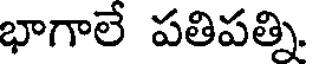
భాగాలే పతిపత్ని.